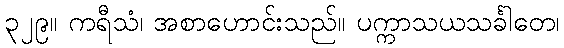
၃၂၉။ ကရီသံ၊ အစာဟောင်းသည်။ ပက္ကာသယသင်္ခါတေ၊